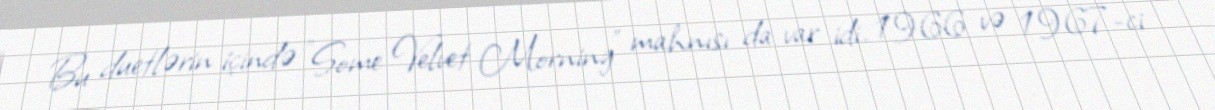
Bu duetlərin içində "Some Velvet Morning" mahnısı da var idi. 1966 və 1967-ci